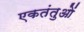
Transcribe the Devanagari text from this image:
एकतंतुओं